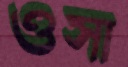
ওসা